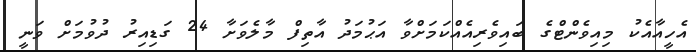
އެހީއާއެކު މިއިވެންޓްގެ ބައިވެރިއެއްކަމަށްވާ އަޙުމަދު އާތިފް މާލެވަށާ 24 ގަޑިއިރު ދުވުމަށް ވަނީ